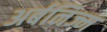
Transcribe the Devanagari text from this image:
अर्बनिज्म